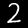
Label: 2